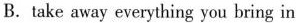
B.take away everything you bring in